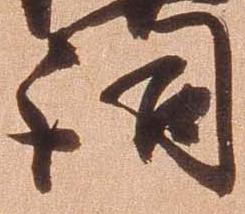
詞